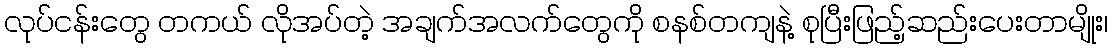
လုပ်ငန်းတွေ တကယ် လိုအပ်တဲ့ အချက်အလက်တွေကို စနစ်တကျနဲ့ စုပြီးဖြည့်ဆည်းပေးတာမျိုး၊